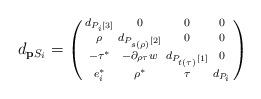
LaTeX: \begin{align*}d_{\mathbf{p}S_i}=\left(\begin{smallmatrix}d_{P_i[3]} & 0 & 0 & 0 \\\rho & d_{P_{s(\rho)}[2]} & 0 & 0\\-\tau^\ast & -\partial_{\rho\tau}w&d_{P_{t(\tau)}[1]}&0\\e_i^\ast& \rho^\ast & \tau & d_{P_i}\end{smallmatrix}\right)\end{align*}